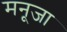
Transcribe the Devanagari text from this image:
मनूजा